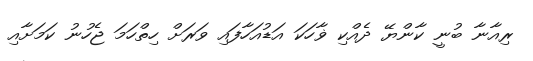
ރިއާނާ ބުނީ ކާންޔޭ ދެއްކި ޥާހަކަ އަޑުއަހާފައި ވަރަށް ހިތްހަމަ ޖެހުނު ކަމަށާއި